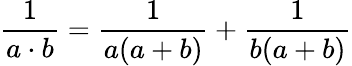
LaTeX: {\frac{1}{a\cdot b}}={\frac{1}{a(a+b)}}+{\frac{1}{b(a+b)}}